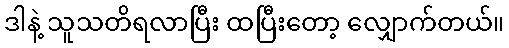
ဒါနဲ့ သူသတိရလာပြီး ထပြီးတော့ လျှောက်တယ်။